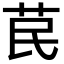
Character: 苠